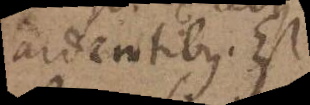
ardentibus. Est